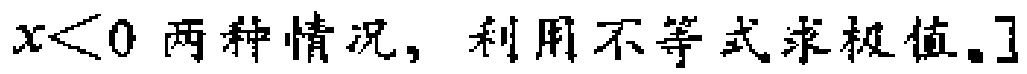
$x<0两种情况，利用不等式求极值。]$